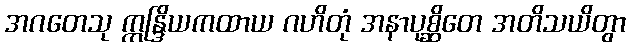
အဂတေသု ဣန္ဒြိယကထာယ ဂဟိတုံ အနာပုစ္ဆိတေ အတိသယိတွာ